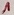
Text: 1